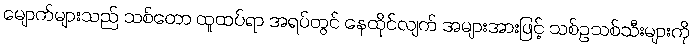
မျောက်များသည် သစ်တော ထူထပ်ရာ အရပ်တွင် နေထိုင်လျက် အများအားဖြင့် သစ်ဥသစ်သီးများကို